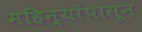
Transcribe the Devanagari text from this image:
महिन्यांपासून